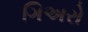
ગિઅરો